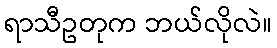
ရာသီဥတုက ဘယ်လိုလဲ။